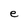
Character: e